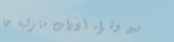
بيع وشراء أدوات منزلية عا